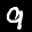
Label: 9